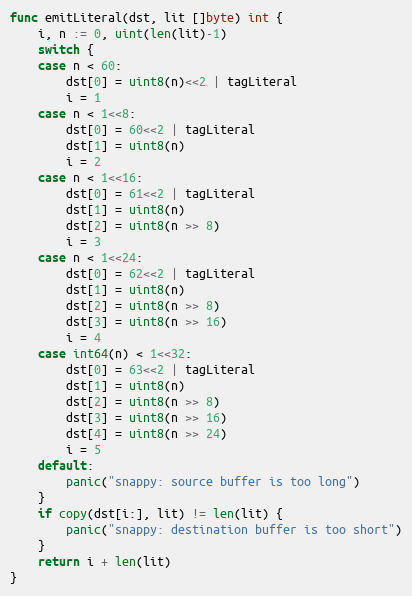
Language: Go
func emitLiteral(dst, lit []byte) int {
	i, n := 0, uint(len(lit)-1)
	switch {
	case n < 60:
		dst[0] = uint8(n)<<2 | tagLiteral
		i = 1
	case n < 1<<8:
		dst[0] = 60<<2 | tagLiteral
		dst[1] = uint8(n)
		i = 2
	case n < 1<<16:
		dst[0] = 61<<2 | tagLiteral
		dst[1] = uint8(n)
		dst[2] = uint8(n >> 8)
		i = 3
	case n < 1<<24:
		dst[0] = 62<<2 | tagLiteral
		dst[1] = uint8(n)
		dst[2] = uint8(n >> 8)
		dst[3] = uint8(n >> 16)
		i = 4
	case int64(n) < 1<<32:
		dst[0] = 63<<2 | tagLiteral
		dst[1] = uint8(n)
		dst[2] = uint8(n >> 8)
		dst[3] = uint8(n >> 16)
		dst[4] = uint8(n >> 24)
		i = 5
	default:
		panic("snappy: source buffer is too long")
	}
	if copy(dst[i:], lit) != len(lit) {
		panic("snappy: destination buffer is too short")
	}
	return i + len(lit)
}